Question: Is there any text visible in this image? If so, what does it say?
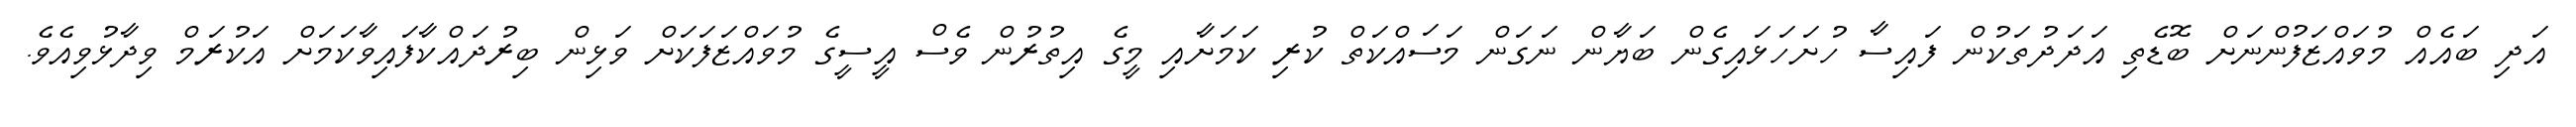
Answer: އަދި ބައެއް މުވައްޒަފުންނަށް ބޮޑެތި އަދަދުތަކުން ފައިސާ ހުށަހަޅައިގެން ބަޔާން ނަގަން މަސައްކަތް ކުރި ކަމަށާއި މީގެ އިތުރުން ވެސް އީސީގެ މުވައްޒަފަކަށް ވަޅިން ބިރުދައްކާފައިވާކަމަށް އަކުރަމް ވިދާޅުވިއެވެ.